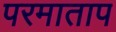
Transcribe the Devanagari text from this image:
परमाताप